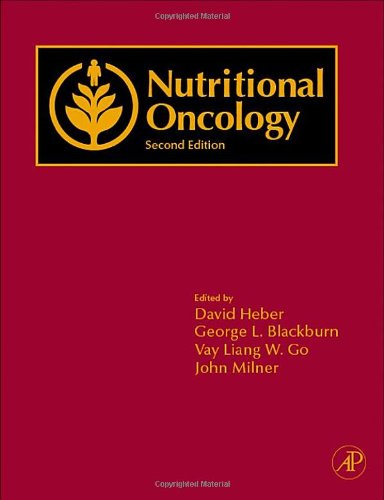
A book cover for Nutritional Oncology, Second Edition; Health, Fitness & Dieting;